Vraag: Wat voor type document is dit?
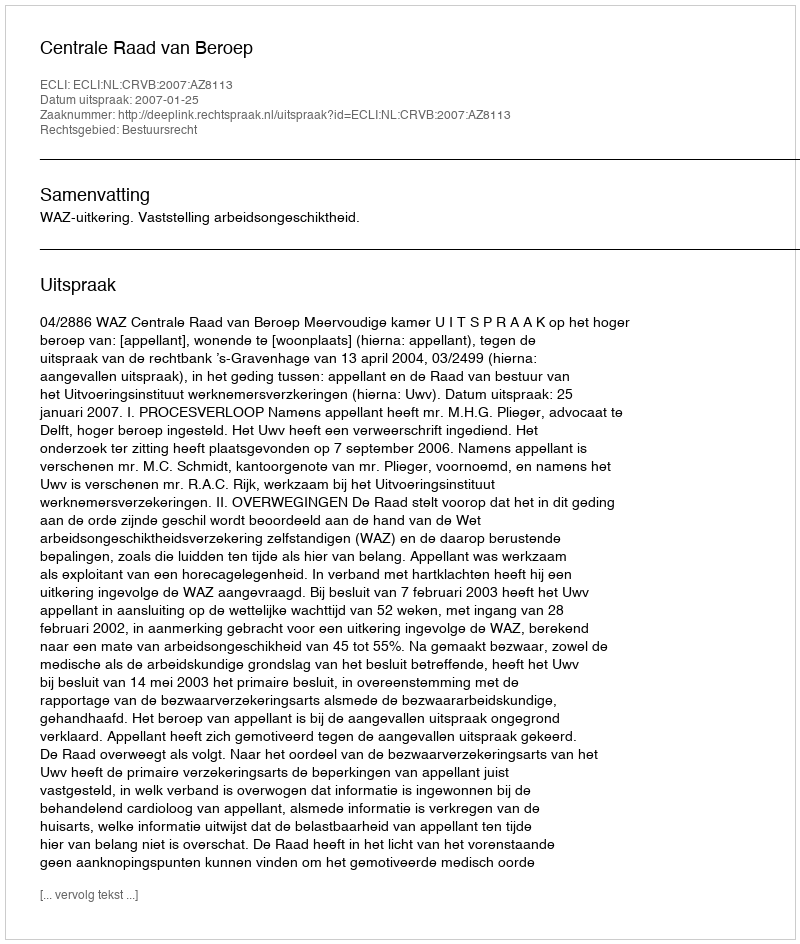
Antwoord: Uitspraak